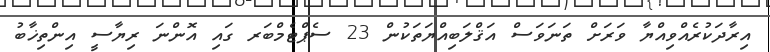
އިރާދަކުރެއްވިއްޔާ ވަރަށް ތަނަވަސް އަޤްލަބިއްޔަތަކުން 23 ސެޕްޓެމްބަރ ގައި އޮންނަ ރިޔާސީ އިންތިޚާބު